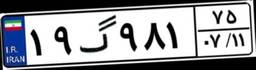
۱۹گ۹۸۱۷۵